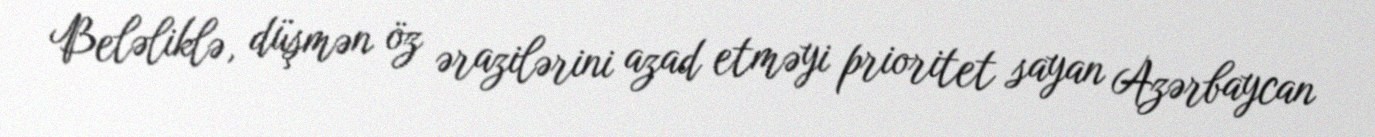
Beləliklə, düşmən öz ərazilərini azad etməyi prioritet sayan Azərbaycan